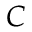
C